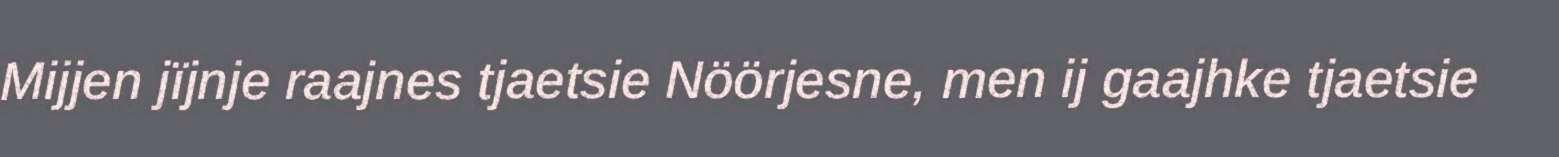
Mijjen jïjnje raajnes tjaetsie Nöörjesne, men ij gaajhke tjaetsie